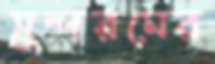
সুন্দরমের